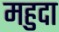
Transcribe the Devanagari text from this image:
महुदा